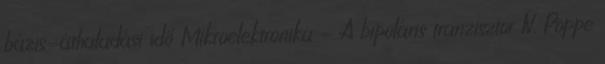
bázis-áthaladási idő Mikroelektronika - A bipoláris tranzisztor IV. Poppe